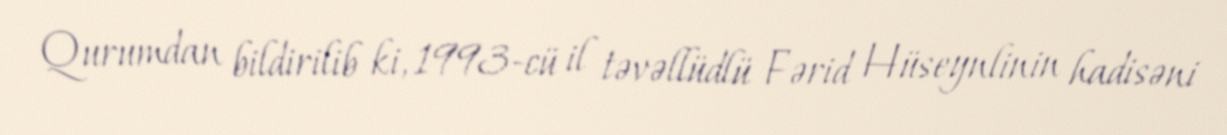
Qurumdan bildirilib ki, 1993-cü il təvəllüdlü Fərid Hüseynlinin hadisəni